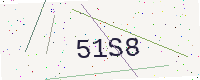
Text: 51S8